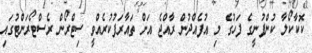
ކޮކާކޯލާ ކުންފުނީގެ ފަހުގެ މި އުފެއްދުން ރާއްޖެ އަށް ތައާރަފުކުރެއްވީ ސިޓްރޯން ރެސްޓޯރަންޓުގައި